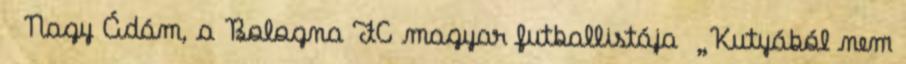
Nagy Ádám, a Bologna FC magyar futballistája „Kutyából nem